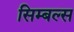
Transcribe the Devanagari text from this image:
सिम्बल्स